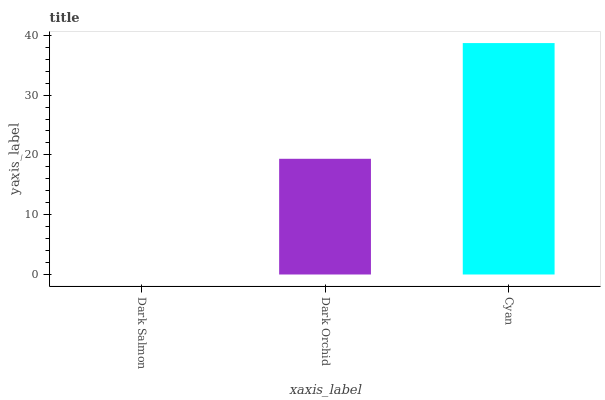
| xaxis_label | bars |
 | --- | --- |
 | Dark Salmon | 0 |
 | Dark Orchid | 19.4 |
 | Cyan | 38.7 |